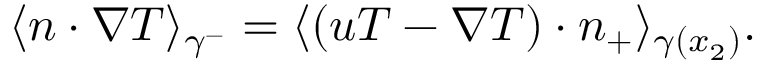
\langle n \cdot \nabla T \rangle _ { \gamma ^ { - } } = \langle ( u T - \nabla T ) \cdot n _ { + } \rangle _ { \gamma ( x _ { 2 } ) } .